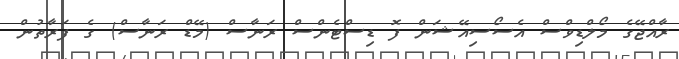
ރާއްޖޭގެ މޯލްޑިވްސް އެސޯސިއޭޝަން ފޮ ޑިސްޓެންސް ރަނާސް (މޭޑް ރަނާސް) ގެ ފަރާތުން